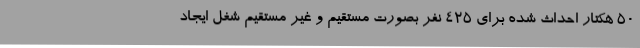
50 هکتار احداث شده برای 425 نفر بصورت مستقیم و غیر مستقیم شغل ایجاد